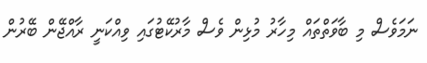
ނަމަވެސް މި ބާވަތްތައް މިހާރު މުޅިން ވެސް މާރުކޭޓުގައި ވިއްކަނީ ރާއްޖޭން ބޭރުން